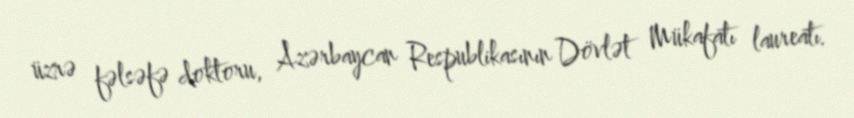
üzrə fəlsəfə doktoru, Azərbaycan Respublikasının Dövlət Mükafatı laureatı.